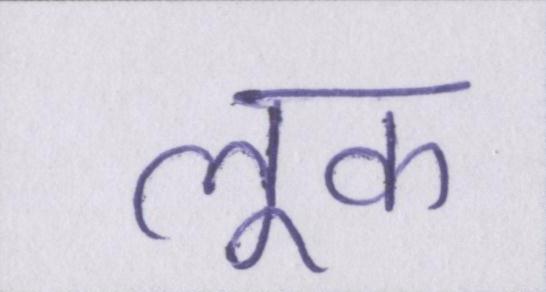
लूक